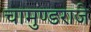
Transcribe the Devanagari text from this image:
चामुण्डराजे